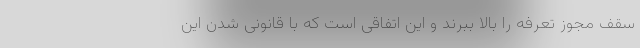
سقف مجوز تعرفه را بالا ببرند و این اتفاقی است که با قانونی شدن این